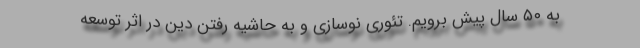
به ۵۰ سال پیش برویم. تئوری نوسازی و به حاشیه رفتن دین در اثر توسعه